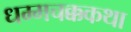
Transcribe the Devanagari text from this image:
धम्मचक्ककथा